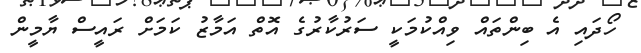
ހޯދައި އެ ބިންތައް ވިއްކުމަކީ ސަރުކާރުގެ އޮތް އަމާޒު ކަމަށް ރައީސް ޔާމީން